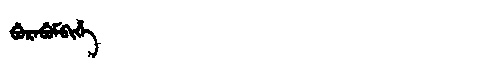
Manchu: ᠪᡠᡵᠠᠪᡠᠮᠪᡳᡥᡝ
Romanization: BURABUMBIHE